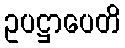
ဥပဋ္ဌာပေတိ